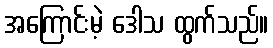
အကြောင်းမဲ့ ဒေါသ ထွက်သည်။